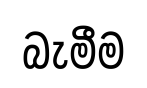
බැමීම